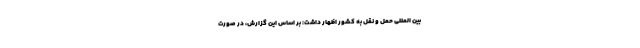
بین المللی حمل و نقل به کشور اظهار داشت: بر اساس این گزارش، در صورت